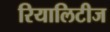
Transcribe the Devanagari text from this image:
रियालिटीज